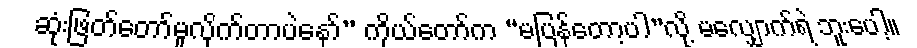
ဆုံးဖြတ်တော်မူလိုက်တာပဲနော်” ကိုယ်တော်က “မပြန်တော့ပါ”လို့ မလျှောက်ရဲ ဘူးပေါ့။